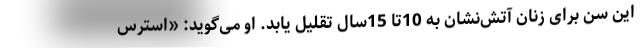
این سن برای زنان آتش‌نشان به 10تا 15سال تقلیل یابد. او می‌گوید: «استرس